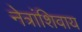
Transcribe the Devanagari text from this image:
नेत्रांशिवाय